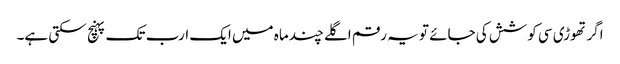
اگر تھوڑی سی کوشش کی جائے تو یہ رقم اگلے چند ماہ میں ایک ارب تک پہنچ سکتی ہے۔